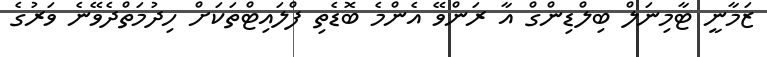
ޒަމާނީ ޓާމިނަލް ބިލްޑިންގް އާ ރަންވޭ އެންމެ ބޮޑެތި ފްލައިޓްތަކަށް ހިދުމަތްދެވޭނެ ވަރުގެ